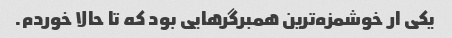
یکی ار خوشمزه‌ترین همبرگرهایی بود که تا حالا خوردم.